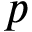
p